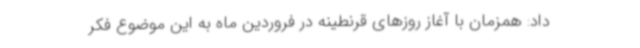
داد: همزمان با آغاز روزهای قرنطینه در فروردین ماه به این موضوع فکر